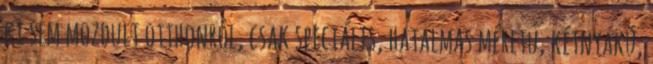
ki sem mozdult otthonról, csak speciális, hatalmas méretű, kétnyakú,